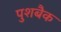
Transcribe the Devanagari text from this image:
पुशबैक